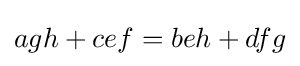
agh+cef=beh+dfg